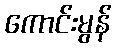
ကောင်းမွန်